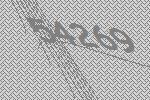
54269